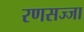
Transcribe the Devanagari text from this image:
रणसज्जा